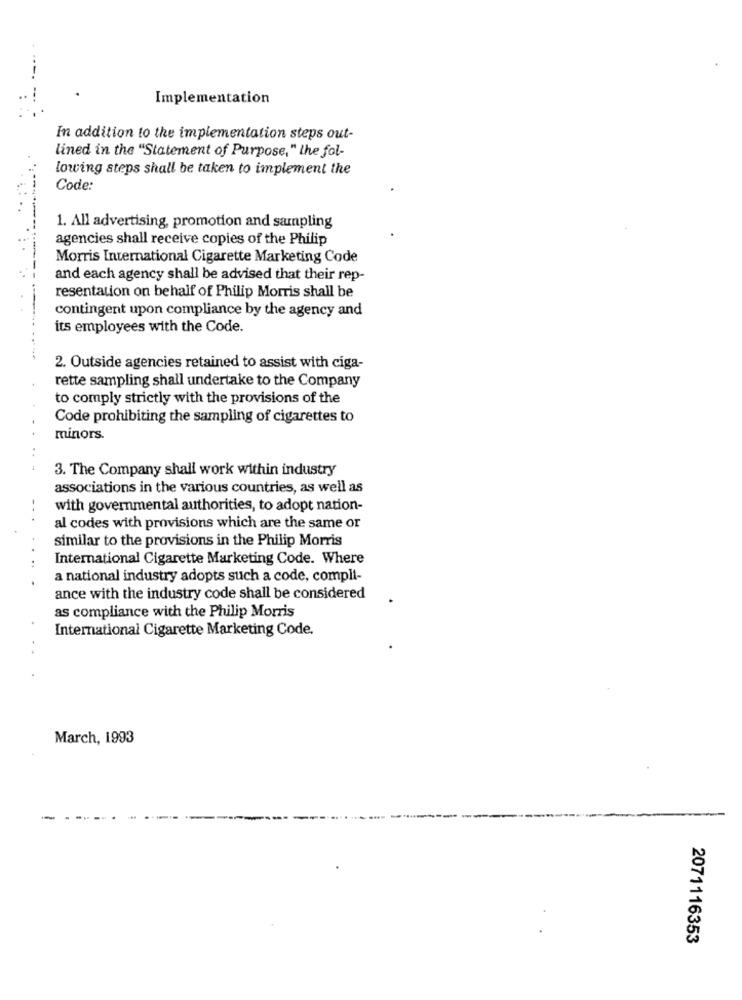
Implementation
In addition to the implementation steps out-
lined in the "Statement of Purpose," the fol-
lowing steps shall be taken to implement the
Code:
1. All advertising, promotion and sampling
agencies shall receive copies of the Philip
Morris International Cigarette Marketing Code
and each agency shall be advised that their rep-
resentation on behalf of Philip Morris shall be
contingent upon compliance by the agency and
its employees with the Code.
2. Outside agencies retained to assist with ciga-
rette sampling shall undertake to the Company
to comply strictly with the provisions of the
Code prohibiting the sampling of cigarettes to
minors.
3. The Company shall work within industry
associations in the various countries, as well as
--
with governmental authorities, to adopt nation-
al codes with provisions which are the same or
similar to the provisions in the Philip Morris
International Cigarette Marketing Code. Where
a national industry adopts such a code, compli-
ance with the industry code shall be considered
as compliance with the Philip Morris
International Cigarette Marketing Code.
March, 1993
-
2071116353